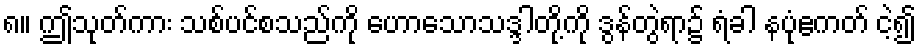
၈။ ဤသုတ်ကား သစ်ပင်စသည်ကို ဟောသောသဒ္ဒါတို့ကို ဒွန်တွဲရာ၌ ရံခါ နပုံဧကတ် ငဲ့၍